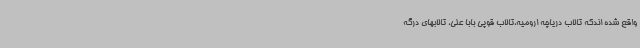
واقع شده اندکه تالاب دریاچه ارومیه،تالاب قوپی بابا علی، تالابهای درگه